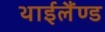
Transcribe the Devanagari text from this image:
थाईलैंण्ड